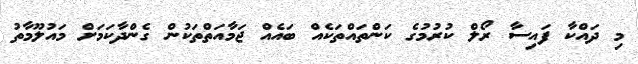
މި ދައްކާ ފައިސާ ރޯލް ކުރުމުގެ ކަންތައްތަކެއް ބައެއް ޖަމާއަތްތަކުން ގެންދާކަމަށް މައުލޫމާތު